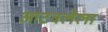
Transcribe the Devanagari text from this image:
आटवलेला